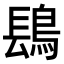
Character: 𬷔